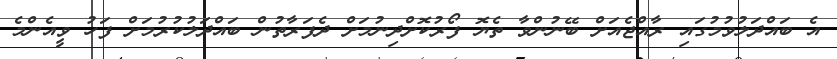
އެ ބައްދަލުވުމުގައި ރާއްޖެއަށް ބޭނުންވާ ތެޔޮ ފޯރުކޮށްދިނުމަށް ދެފަރާތުން ބައްދަލުކުރުމަށް ފަހު ވީއެންމެ